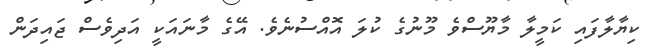
ކިޔާލާފައި ކަމީލާ މާޔޫސްވެ މޫނުގެ ކުލަ އޮއްސުނެވެ. އޭގެ މާނައަކީ އަދިވެސް ޖައިދަން